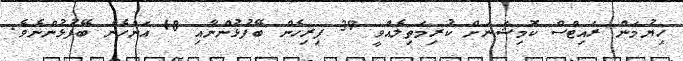
ހިޔުމަން ރައިޓްސް ކޮމިޝަނަށް ކުރިމަތިލެއްވީ 39 ފިރިހެން ބޭފުޅުންނާއި 18 އަންހެން ބޭފުޅުންނެވެ.